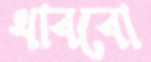
থাববো